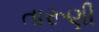
તારૂણી